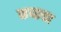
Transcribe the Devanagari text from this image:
कच्छचा